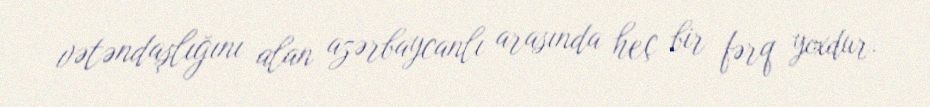
vətəndaşlığını alan azərbaycanlı arasında heç bir fərq yoxdur.